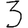
Digit: 3